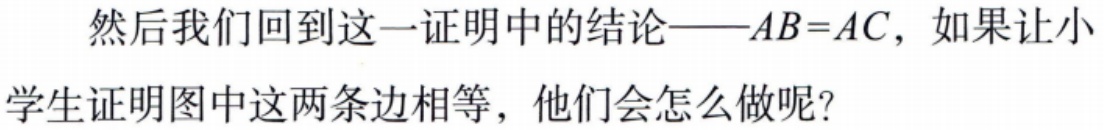
然后我们回到这一证明中的结论——\(AB = AC\)，如果让小学生证明图中这两条边相等，他们会怎么做呢？